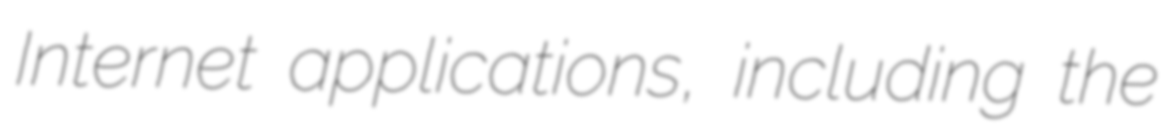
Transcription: Internet applications, including the